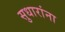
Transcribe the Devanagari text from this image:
सुधारांना